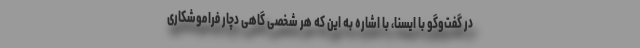
در گفت‌وگو با ایسنا، با اشاره به این که هر شخصی گاهی دچار فراموشکاری